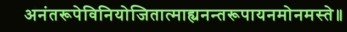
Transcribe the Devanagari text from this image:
अनंतरूपेविनियोजितात्माह्यनन्तरूपायनमोनमस्ते॥